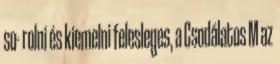
so- rolni és kiemelni felesleges, a Csodálatos M az